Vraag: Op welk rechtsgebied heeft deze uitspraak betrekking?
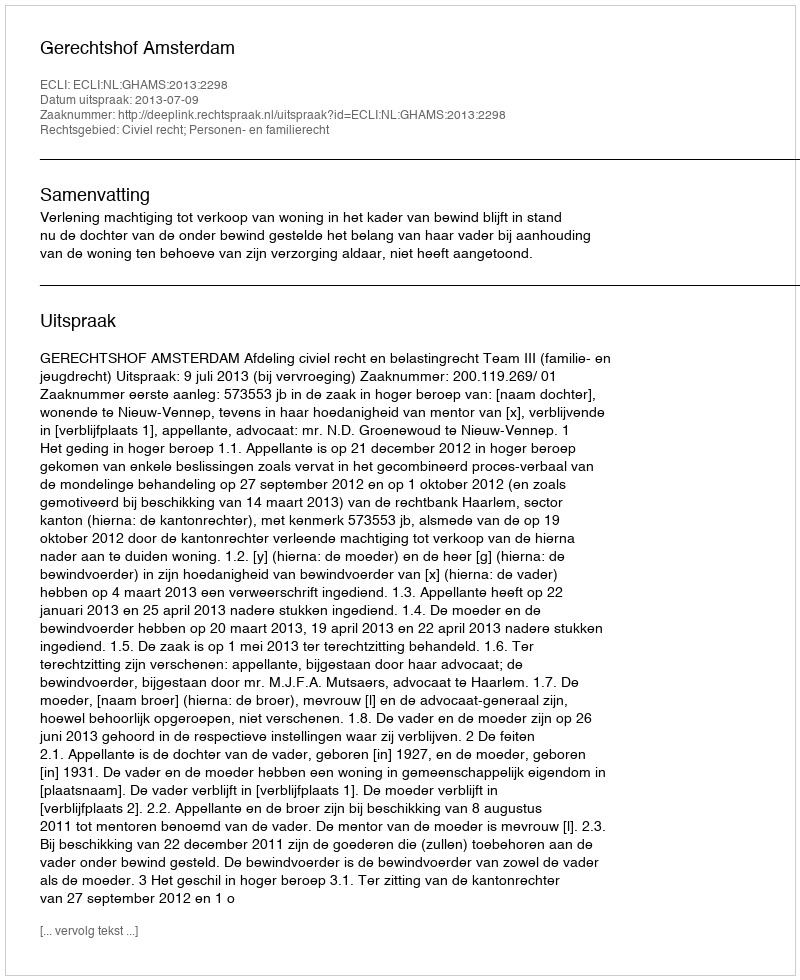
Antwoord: Civiel recht; Personen- en familierecht